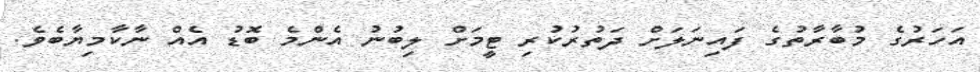
އަހަރުގެ މުބާރާތުގެ ފައިނަލަށް ދަތުރުކުރި ޓީމަށް ލިބުނު އެންމެ ބޮޑު އެއް ނާކާމިޔާބެވެ.